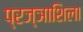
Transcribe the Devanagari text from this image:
प्रज्ञाशिला